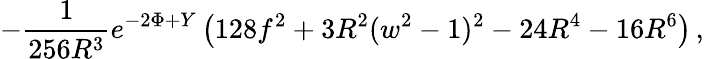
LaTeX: -\frac{1}{256R^{3}}e^{-2\Phi+Y}\left(128f^{2}+3R^{2}(w^{2}-1)^{2}-24R^{4}-16R^{6}\right)\, ,